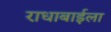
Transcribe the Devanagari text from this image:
राधाबाईला